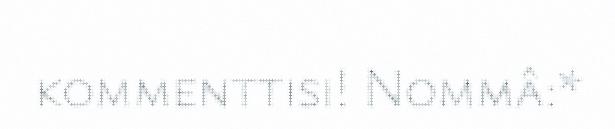
kommenttisi! Nommâ:*